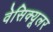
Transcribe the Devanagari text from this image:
वेसिक्यूलर